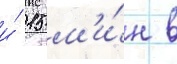
и́ 15 м'и́н в